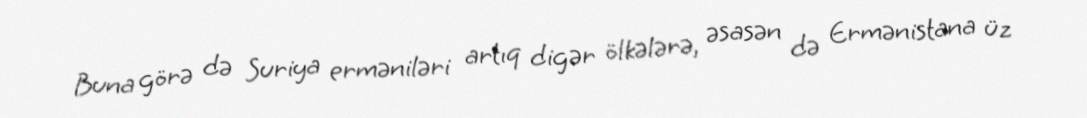
Buna görə də Suriya erməniləri artıq digər ölkələrə, əsasən də Ermənistana üz